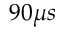
9 0 \mu s